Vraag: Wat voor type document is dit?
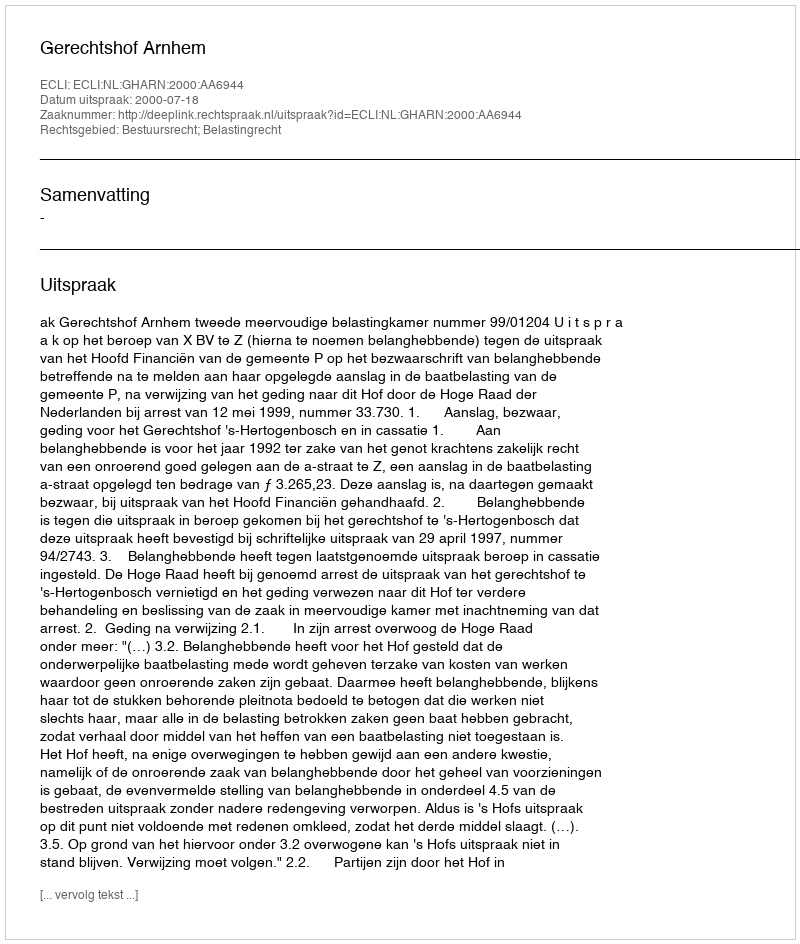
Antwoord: Uitspraak